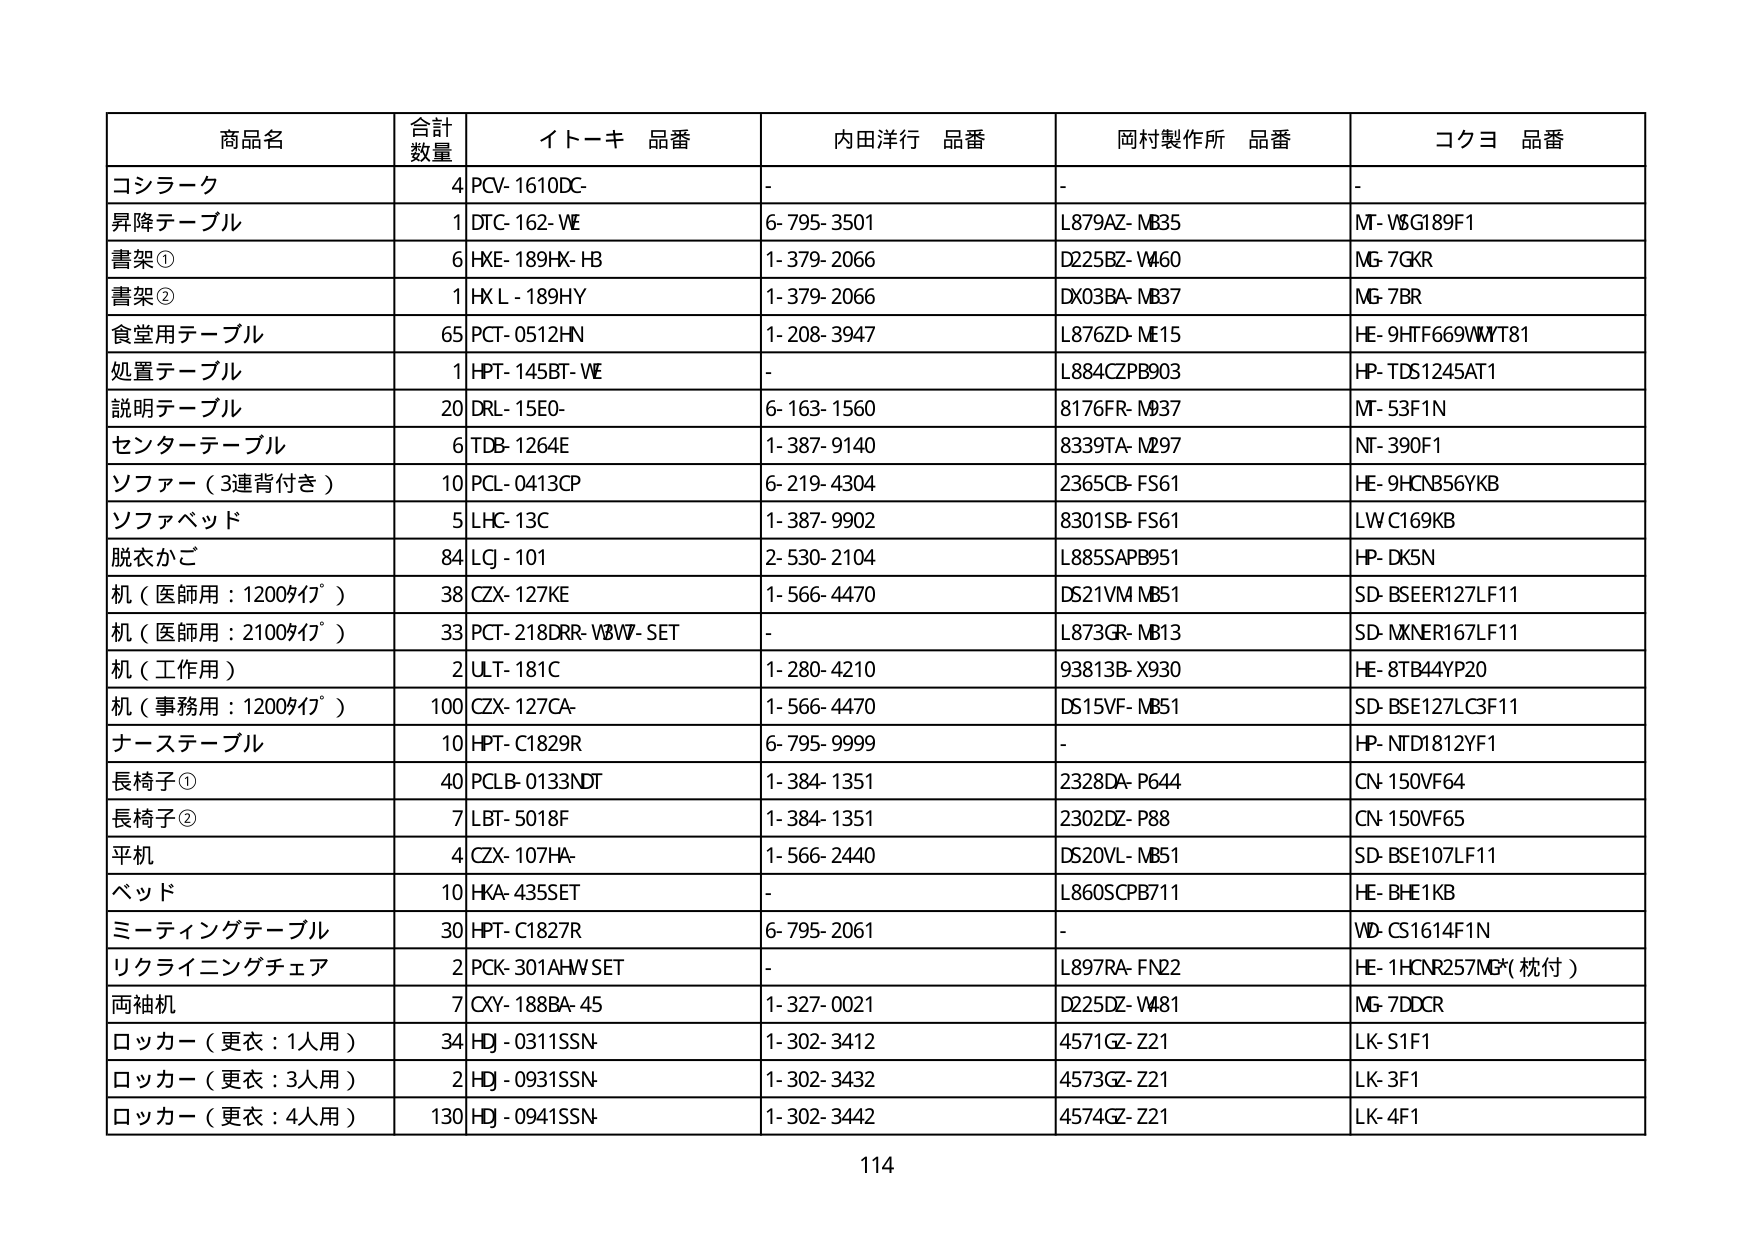
商品名 合計数量 イトーキ 品番 内田洋行 品番 岡村製作所 品番 コクヨ 品番
コシラーク 4 PCV-1610DC- - - -
昇降テーブル 1 DTC-162-WE 6-795-3501 L879AZ-MB35 MT-V8G189F1
書架① 6 HKE-189HK-HB 1-379-2066 D225BZ-M460 MG-7GKR
書架② 1 HX L-189HY 1-379-2066 DX03BA-MB37 MG-7BR
食堂用テーブル 65 PCT-0512HN 1-208-3947 L876ZD-ME15 HE-9HTF669WMT81
処置テーブル 1 HPT-145BT-WE - L884CZPB903 HP-TDS1245AT1
説明テーブル 20 DRL-15E0- 6-163-1560 8176FR-M937 MT-53F1N
センターテーブル 6 TDB-1264E 1-387-9140 8339TA-M297 NT-390F1
ソファー（3連背付き） 10 PCL-0413CP 6-219-4304 2365CB-F561 HE-9HCNB56YKB
ソファベッド 5 LHC-13C 1-387-9902 8301SB-F561 LW C169KB
脱衣かご 84 LQ-101 2-530-2104 L8855APB951 HP-DK5N
机（医師用：1200タイプ） 38 CZX-127KE 1-566-4470 DS21VM-MB51 SD-BSEER127LF11
机（医師用：2100タイプ） 33 PCT-218DRR-V8W-SET - L873GR-MB13 SD-MXNER167LF11
机（工作用） 2 ULT-181C 1-280-4210 93813B-X930 HE-8TB44YP20
机（事務用：1200タイプ） 100 CZX-127CA- 1-566-4470 DS15VF-MB51 SD-BSE127LC3F11
ナーステーブル 10 HPT-C1829R 6-795-9999 - HP-NTD1812YF1
長椅子① 40 PCLB-0133NDT 1-384-1351 2328DA-P644 CN-150VF64
長椅子② 7 LBT-5018F 1-384-1351 2302DZ-P88 CN-150VF65
平机 4 CZX-107HA- 1-566-2440 DS20VL-MB51 SD-BSE107LF11
ベッド 10 HKA-435SET - L860SCPB711 HE-BHE1KB
ミーティングテーブル 30 HPT-C1827R 6-795-2061 - WD-CS1614F1N
リクライニングチェア 2 PCK-301AHWSET - L897RA-FN22 HE-1HCNR257MG(枕付)
両袖机 7 CXY-188BA-45 1-327-0021 D225DZ-M481 MG-7DDCR
ロッカー（更衣：1人用） 34 HD-0311SSN- 1-302-3412 4571GZ-Z21 LK-S1F1
ロッカー（更衣：3人用） 2 HD-0931SSN- 1-302-3432 4573GZ-Z21 LK-3F1
ロッカー（更衣：4人用） 130 HD-0941SSN- 1-302-3442 4574GZ-Z21 LK-4F1
114